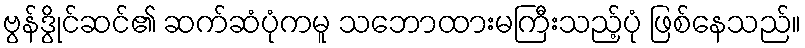
ဗွန်ဒွိုင်ဆင်၏ ဆက်ဆံပုံကမူ သဘောထားမကြီးသည့်ပုံ ဖြစ်နေသည်။